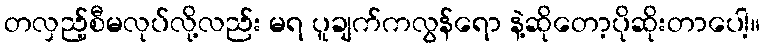
တလှည့်စီမလုပ်လို့လည်း မရ ပူချက်ကလွန်ရော နဲ့ဆိုတော့ပိုဆိုးတာပေါ့။